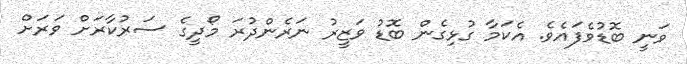
ވަނީ ބޮޑުވެފައެވެ. އެކަމާ ގުޅިގެން ބޮޑު ވަޒީރު ނަރެންދުރަ މޯދީގެ ސަރުކާރަށް ވަރަށް